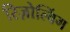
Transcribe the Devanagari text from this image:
रिज़ोल्विंग